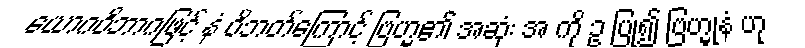
ယောဂဝိဘာဂဖြင့် နံ ဝိဘတ်ကြောင့် ဗြဟ္မ၏ အဆုံး အ ကို ဥ ပြု၍ ဗြဟ္မုနံ ဟု